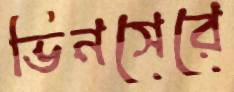
ভিনসেরে